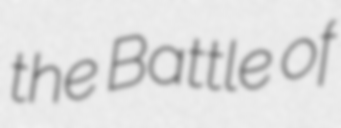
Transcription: the Battle of